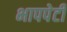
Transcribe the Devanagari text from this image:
भापपेटी